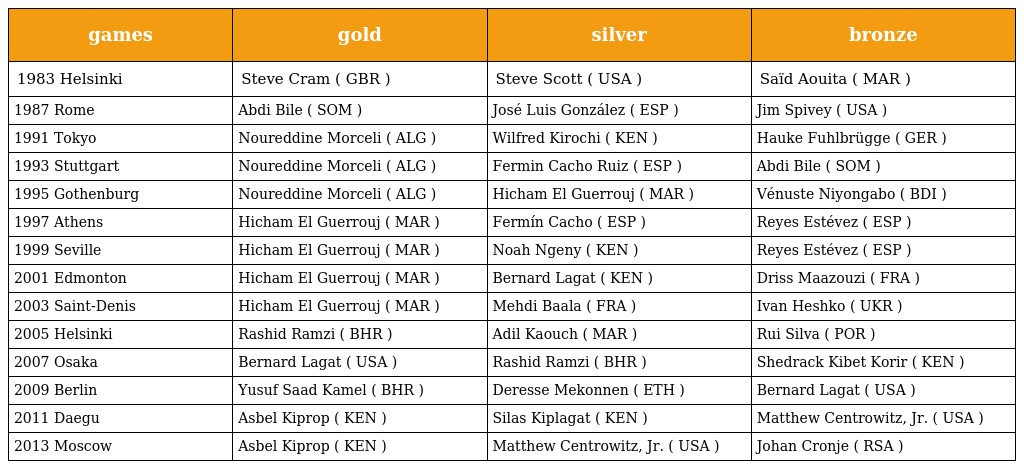
| games | gold | silver | bronze |
 | --- | --- | --- | --- |
 | 1983 Helsinki | Steve Cram ( GBR ) | Steve Scott ( USA ) | Saïd Aouita ( MAR ) |
 | 1987 Rome | Abdi Bile ( SOM ) | José Luis González ( ESP ) | Jim Spivey ( USA ) |
 | 1991 Tokyo | Noureddine Morceli ( ALG ) | Wilfred Kirochi ( KEN ) | Hauke Fuhlbrügge ( GER ) |
 | 1993 Stuttgart | Noureddine Morceli ( ALG ) | Fermin Cacho Ruiz ( ESP ) | Abdi Bile ( SOM ) |
 | 1995 Gothenburg | Noureddine Morceli ( ALG ) | Hicham El Guerrouj ( MAR ) | Vénuste Niyongabo ( BDI ) |
 | 1997 Athens | Hicham El Guerrouj ( MAR ) | Fermín Cacho ( ESP ) | Reyes Estévez ( ESP ) |
 | 1999 Seville | Hicham El Guerrouj ( MAR ) | Noah Ngeny ( KEN ) | Reyes Estévez ( ESP ) |
 | 2001 Edmonton | Hicham El Guerrouj ( MAR ) | Bernard Lagat ( KEN ) | Driss Maazouzi ( FRA ) |
 | 2003 Saint-Denis | Hicham El Guerrouj ( MAR ) | Mehdi Baala ( FRA ) | Ivan Heshko ( UKR ) |
 | 2005 Helsinki | Rashid Ramzi ( BHR ) | Adil Kaouch ( MAR ) | Rui Silva ( POR ) |
 | 2007 Osaka | Bernard Lagat ( USA ) | Rashid Ramzi ( BHR ) | Shedrack Kibet Korir ( KEN ) |
 | 2009 Berlin | Yusuf Saad Kamel ( BHR ) | Deresse Mekonnen ( ETH ) | Bernard Lagat ( USA ) |
 | 2011 Daegu | Asbel Kiprop ( KEN ) | Silas Kiplagat ( KEN ) | Matthew Centrowitz, Jr. ( USA ) |
 | 2013 Moscow | Asbel Kiprop ( KEN ) | Matthew Centrowitz, Jr. ( USA ) | Johan Cronje ( RSA ) |